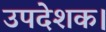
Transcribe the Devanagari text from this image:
उपदेशक।